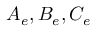
A _ { e } , B _ { e } , C _ { e }